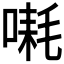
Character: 𪡱